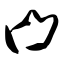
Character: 凸